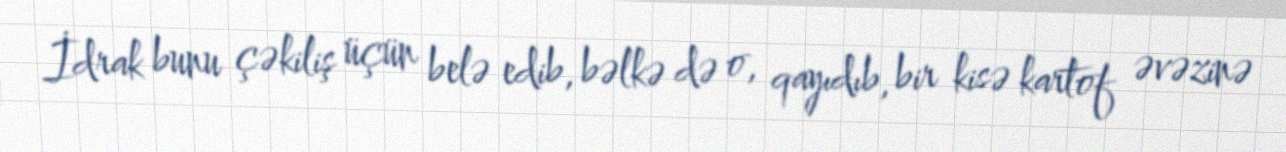
İdrak bunu çəkiliş üçün belə edib, bəlkə də o, qayıdıb, bir kisə kartof əvəzinə